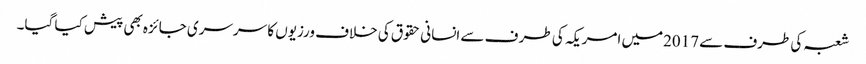
شعبہ کی طرف سے 2017میں امریکہ کی طر ف سے انسانی حقوق کی خلاف ورزیوں کا سرسری جائزہ بھی پیش کیا گیا۔